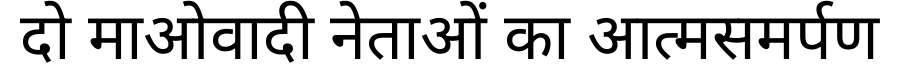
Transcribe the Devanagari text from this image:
दो माओवादी नेताओं का आत्मसमर्पण